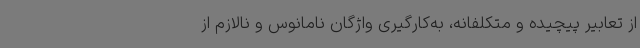
از تعابیر پیچیده و متکلفانه، به‌کارگیری واژگان نامانوس و نالازم از